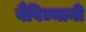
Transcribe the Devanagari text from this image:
वैविध्यानी